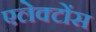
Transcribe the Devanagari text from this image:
एलेक्टोंस